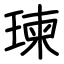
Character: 瑓